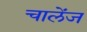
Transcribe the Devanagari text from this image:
चालेंज